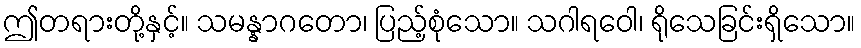
ဤတရားတို့နှင့်။ သမန္နာဂတော၊ ပြည့်စုံသော။ သဂါရဝေါ၊ ရိုသေခြင်းရှိသော။